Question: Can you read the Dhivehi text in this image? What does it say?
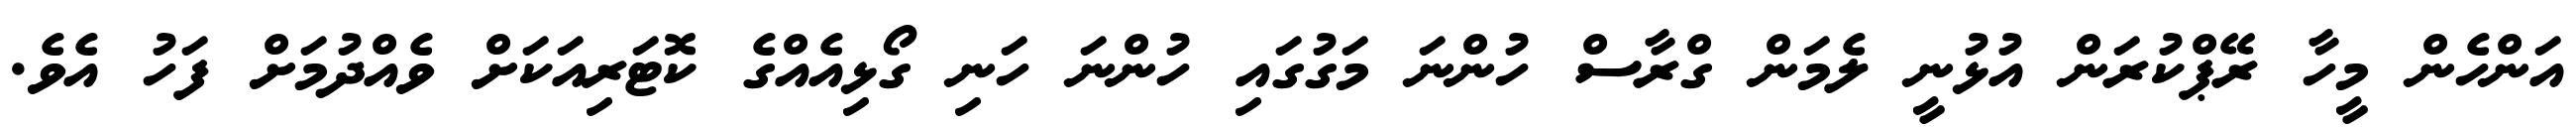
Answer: އަންހެން މީހާ ރޭޕްކުރަން އުޅުނީ ލެމަން ގްރާސް ހުންނަ މަގުގައި ހުންނަ ހަނި ގޯޅިއެއްގެ ކޮޓަރިއަކަށް ވެއްދުމަށް ފަހު އެވެ.